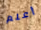
أعلم